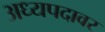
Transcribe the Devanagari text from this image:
अध्यपदावर